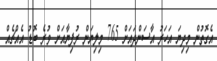
އެގޮތުން މިދިޔަ އަހަރު އާސަންދައަށް 765 މިލިޔަން ރުފިޔާއަށް ވުރެ ބޮޑު އެެއްޗެއް